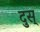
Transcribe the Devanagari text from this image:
दुस्